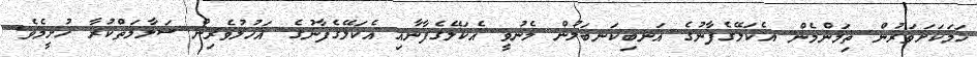
ހަމަކަށަވަރުން ތިމަންމެން އެކަލޭގެފާނުގެ އަނބިކަނބަލުން މެނުވީ އެކަލޭގެފާނާއި އެކަލޭގެފާނުގެ އަހުލުވެރިން ސަލާމަތްކުރާ ހުށީމެވެ.